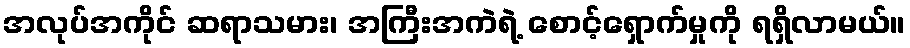
အလုပ်အကိုင် ဆရာသမား၊ အကြီးအကဲရဲ့ စောင့်ရှောက်မှုကို ရရှိလာမယ်။